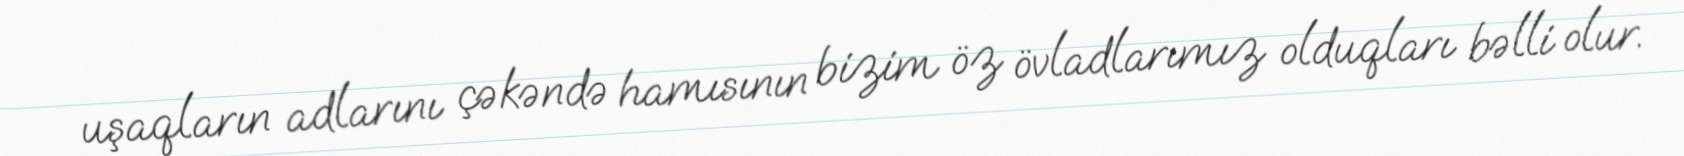
uşaqların adlarını çəkəndə hamısının bizim öz övladlarımız olduqları bəlli olur.